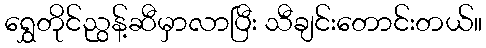
ရွှေတိုင်ညွန့်ဆီမှာလာပြီး သီချင်းတောင်းတယ်။